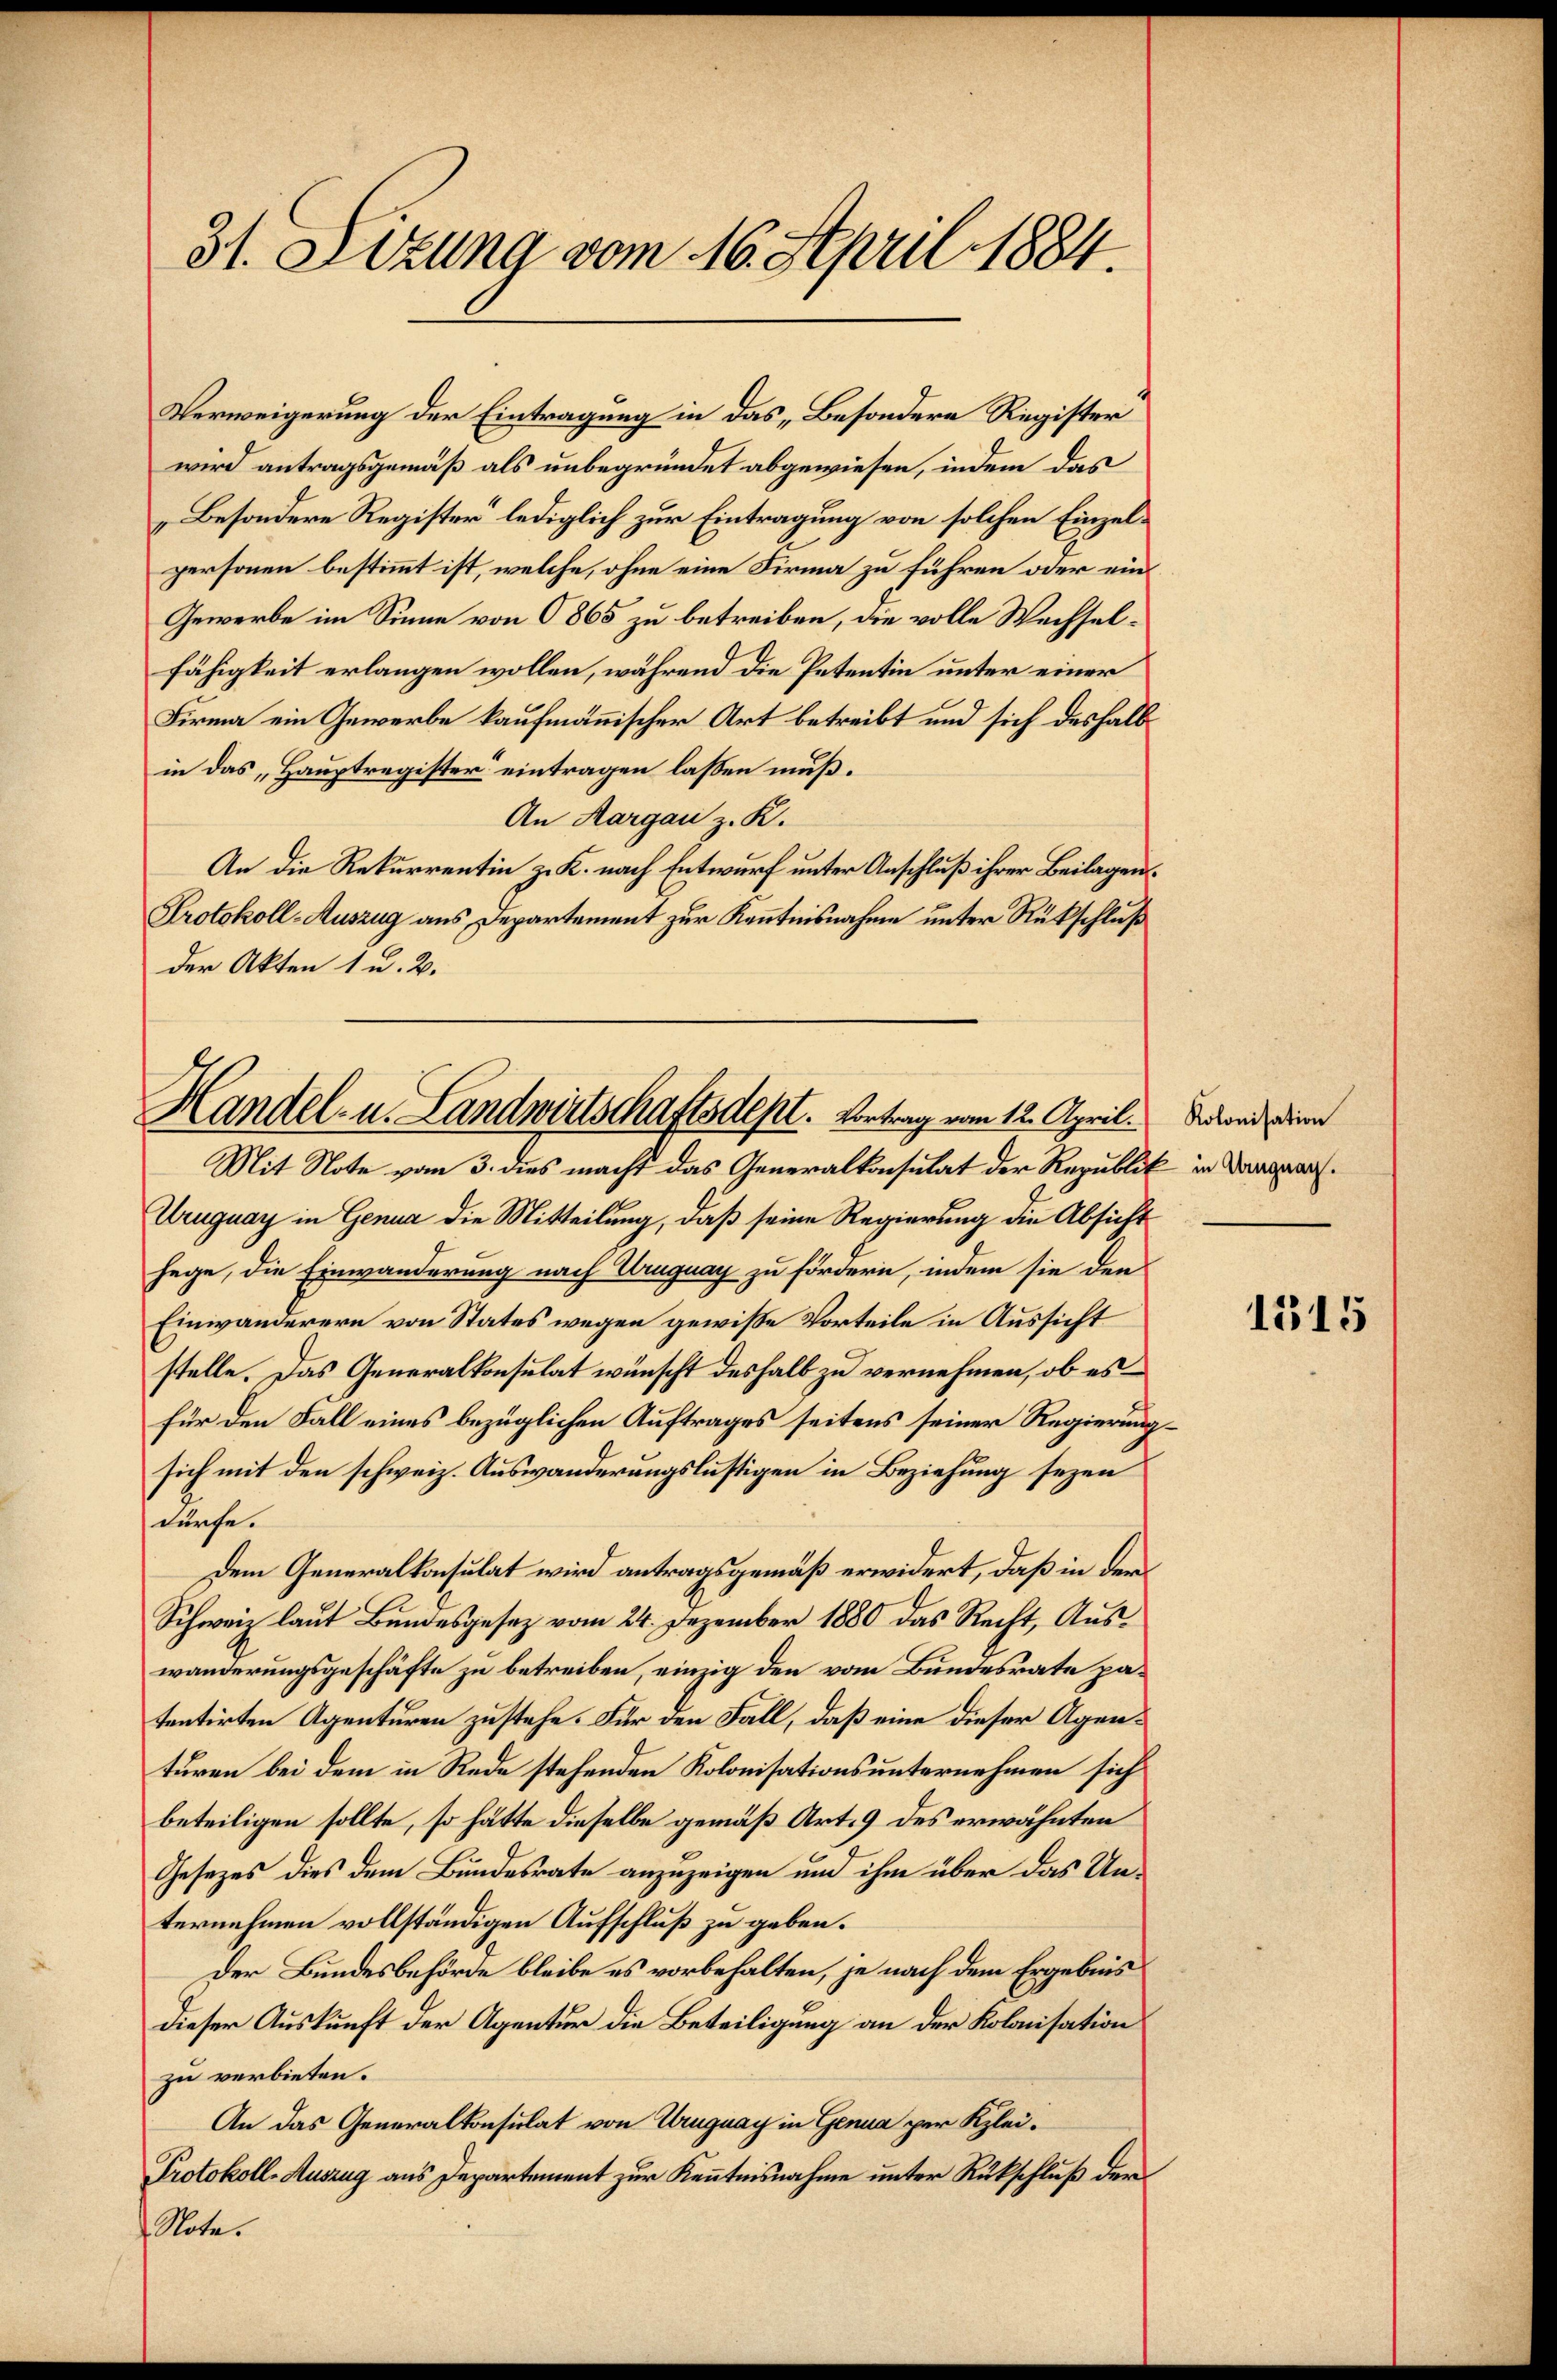
31. Lezung vom 16. April 1884.

Verweigerung der Eintragung in das „Besondere Register
wird antragsgemäß als unbegründet abgewiesen, indem das
Besondere Register lediglich zur Eintragung von solchen Einzelpersonen bestimmt ist, welche, ohne eine Firma zu führen oder ein
Gewerbe im Sinne von O 865 zu betreiben, die volle Wechselfähigkeit erlangen wollen, während die Petentin unter einer
Firma ein Gewerbe kaufmännischer Art betreibt und sich deshalb
in das Hauptregister eintragen lassen muß.
An Margau z. R.
An die Rekurrentin z. K. nach Entwurf unter Anschluß ihrer Beilagen¬
Protokoll-Auszug aus Departement zur Kenntnisnahme unter Rückschluß
der Akten 1 u. 2.

Handel- u. Landwirtschaftsdest. Vortrag vom 12. April.

Mit Note vom 3. dies macht das Generalkonsulat der Republik in Dana
Uruguay in Genua die Mitteilung, daß seine Regierung die Absicht
hege, die Einwanderung nach Uruguay zu fördern, indem sie den
Einwanderern von States wegen gewisse Vorteile in Aussicht
stelle. Das Generalkonsulat wünscht deshalb zu vernehmen, ob es
für den Fall eines bezüglichen Auftrages seitens seiner Regierungsich mit den schweiz. Auswanderungslustigen in Beziehung seyen
dürfe.
Dem Generalkonsulat wird antragsgemäß erwidert, daß in der
Schweiz laut Bundesgesez vom 24. Dezember 1880 das Recht, Auswanderungsgeschäfte zu betreiben, einzig den vom Bundesrate patentirten Agenturen zustehe. Für den Fall, daß eine dieser Agenturen bei dem in Rede stehenden Kolonisationsunternehmen sich
beteiligen sollte, so hätte dieselbe gemäß Art. 9 des erwähnten
Gesetzes dies dem Bundesrate anzuzeigen und ihm über das Unternehmen vollständigen Aufschluß zu geben.
Der Bundesbehörde bleibe es vorbehalten, je nach dem Ergebnis
dieser Auskunft der Agentur die Beteiligung an der Kolonisation
zu verbieten.
An das Generalkonsulat von Uruguay in Genua per Klei¬
Protokoll-Auszug aus Departement zur Kenntnisnahme unter Rückschluß der
Note.

Kolonisation

1515